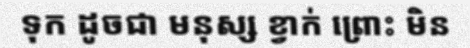
ទុក ដូចជា មនុស្ស ខ្វាក់ ព្រោះ មិន